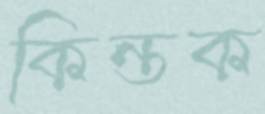
কিন্তক